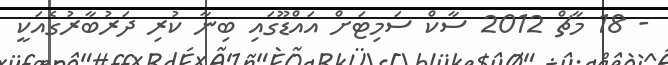
- 18 މާޗް 2012 ސާކް ސަމިޓަށް އައްޑޫގައި ބިނާ ކުރި ދަރުބާރުގެއަކީ